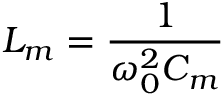
L _ { m } = \frac { 1 } { \omega _ { 0 } ^ { 2 } C _ { m } }